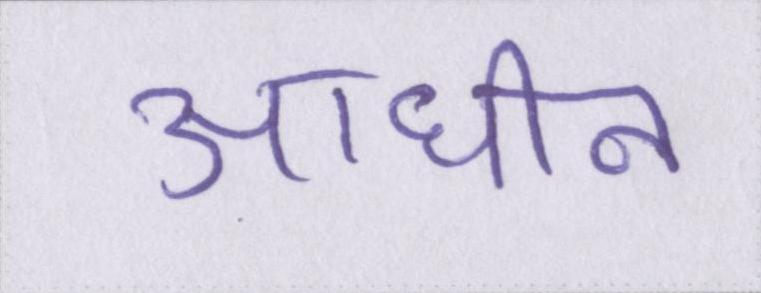
आधीन